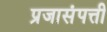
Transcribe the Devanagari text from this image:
प्रजासंपत्ती